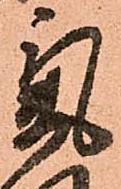
氣